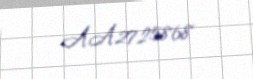
AA2725868